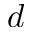
d